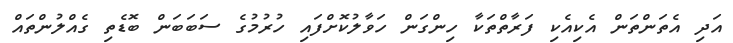
އަދި އެތަންތަން އެކިއެކި ފަރާތްތަކާ ހިންގަން ހަވާލުކޮށްފައި ހުރުމުގެ ސަބަބަން ބޮޑެތި ގެއްލުންތައް